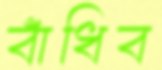
বাঁধিব